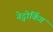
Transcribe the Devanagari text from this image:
नेट्वोर्किंग